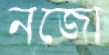
নজো